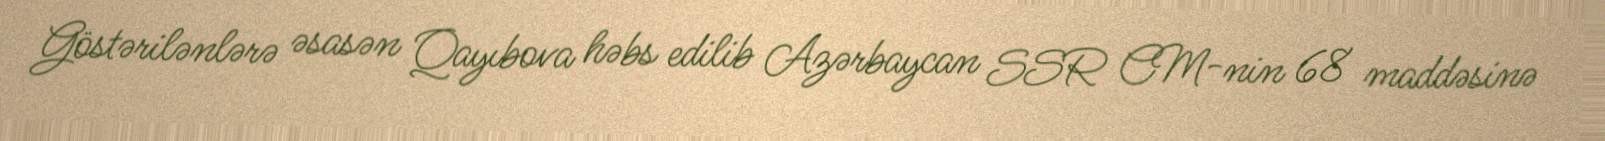
Göstərilənlərə əsasən Qayıbova həbs edilib Azərbaycan SSR CM-nin 68 maddəsinə